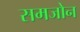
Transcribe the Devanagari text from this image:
समजोन